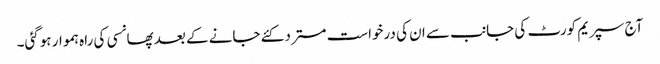
آج سپریم کورٹ کی جانب سے ان کی درخواست مسترد کئے جانے کے بعد پھانسی کی راہ ہموار ہوگئی۔